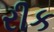
રીક